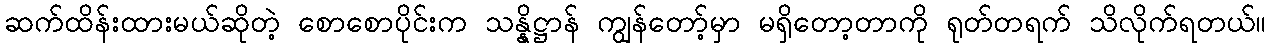
ဆက်ထိန်းထားမယ်ဆိုတဲ့ စောစောပိုင်းက သန္နိဋ္ဌာန် ကျွန်တော့်မှာ မရှိတော့တာကို ရုတ်တရက် သိလိုက်ရတယ်။